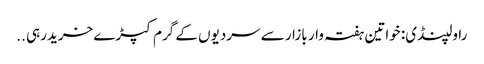
راولپنڈی: خواتین ہفتہ وار بازار سے سردیوں کے گرم کپڑے خریدرہی ..